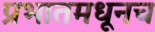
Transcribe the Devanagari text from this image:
प्रभातमधूनच